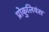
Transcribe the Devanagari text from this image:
प्रोकुलियंस